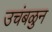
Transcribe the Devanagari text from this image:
उचंबळुन